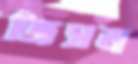
জিসম